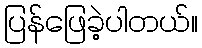
ပြန်ဖြေခဲ့ပါတယ်။